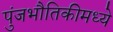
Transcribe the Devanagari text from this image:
पुंजभौतिकीमध्ये